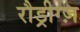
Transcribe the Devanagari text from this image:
रौड्रीग्ज़